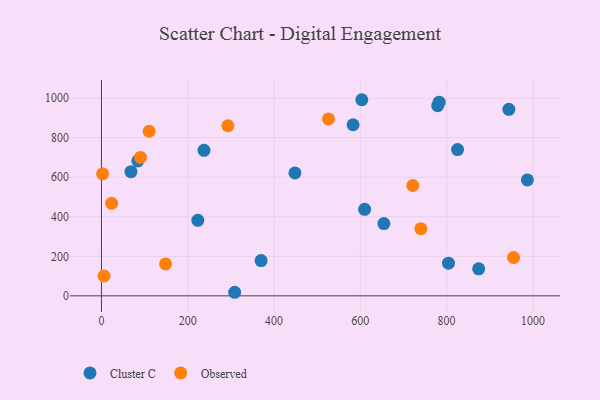
{"axis": {"x": "Price", "y": "Yield"}, "legend": ["Cluster C", "Observed"], "data": [{"x": "874.3", "y": 136.7, "type": "Cluster C"}, {"x": "944.2", "y": 943.4, "type": "Cluster C"}, {"x": "237.7", "y": 735.8, "type": "Cluster C"}, {"x": "68.4", "y": 628.0, "type": "Cluster C"}, {"x": "779.3", "y": 962.0, "type": "Cluster C"}, {"x": "370.0", "y": 178.3, "type": "Cluster C"}, {"x": "610.0", "y": 437.8, "type": "Cluster C"}, {"x": "654.6", "y": 365.5, "type": "Cluster C"}, {"x": "987.2", "y": 586.2, "type": "Cluster C"}, {"x": "583.2", "y": 865.5, "type": "Cluster C"}, {"x": "308.8", "y": 18.0, "type": "Cluster C"}, {"x": "782.9", "y": 979.5, "type": "Cluster C"}, {"x": "825.4", "y": 739.7, "type": "Cluster C"}, {"x": "223.3", "y": 382.2, "type": "Cluster C"}, {"x": "84.3", "y": 682.3, "type": "Cluster C"}, {"x": "804.3", "y": 165.4, "type": "Cluster C"}, {"x": "603.4", "y": 992.0, "type": "Cluster C"}, {"x": "448.5", "y": 621.7, "type": "Cluster C"}, {"x": "740.2", "y": 339.6, "type": "Observed"}, {"x": "721.6", "y": 558.2, "type": "Observed"}, {"x": "23.6", "y": 467.9, "type": "Observed"}, {"x": "526.3", "y": 895.0, "type": "Observed"}, {"x": "293.0", "y": 860.4, "type": "Observed"}, {"x": "6.1", "y": 100.2, "type": "Observed"}, {"x": "148.6", "y": 161.5, "type": "Observed"}, {"x": "110.5", "y": 832.5, "type": "Observed"}, {"x": "2.7", "y": 617.0, "type": "Observed"}, {"x": "955.1", "y": 193.8, "type": "Observed"}, {"x": "90.4", "y": 699.9, "type": "Observed"}]}